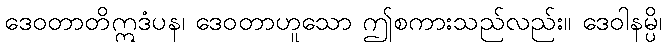
ဒေဝတာတိဣဒံပန၊ ဒေဝတာဟူသော ဤစကားသည်လည်း။ ဒေဝါနမ္ပိ၊